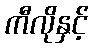
ကီလိုနှင့်